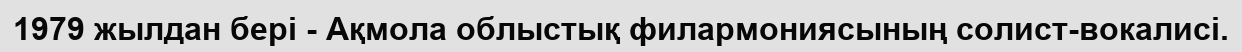
1979 жылдан бері - Ақмола облыстық филармониясының солист-вокалисі.